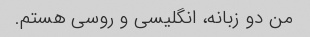
من دو زبانه، انگلیسی و روسی هستم.